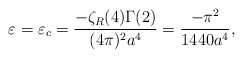
\begin{align*}\varepsilon=\varepsilon_{c}=\frac{-\zeta_{R}(4)\Gamma(2)}{(4\pi)^{2}a^{4}}=\frac{-\pi^{2}}{1440a^{4}},\end{align*}